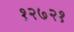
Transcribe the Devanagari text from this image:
१२७२१